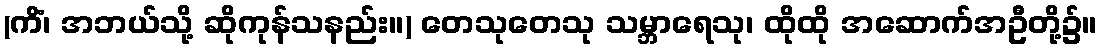
(ကိံ၊ အဘယ်သို့ ဆိုကုန်သနည်း။) တေသုတေသု သမ္ဘာရေသု၊ ထိုထို အဆောက်အဦတို့၌။